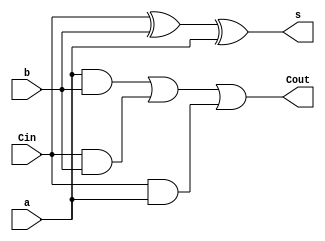
module FA(a, b, Cin, s, Cout);
	input a, b, Cin;
	output s, Cout;
	assign s = Cin^b^a;
	assign Cout = (a&b)|(Cin&b)|(Cin&a);
endmodule

module ripple_carry_adder(SW, LEDR);
	input [9:0] SW;
	output [9:0] LEDR;
	wire C1, C2, C3;
	
	FA FA0(SW[7], SW[3], SW[8], LEDR[0], C1);
	FA FA1(SW[6], SW[2], C1, LEDR[1], C2);
	FA FA2(SW[5], SW[1], C2, LEDR[2], C3);
	FA FA3(SW[4], SW[0], C3, LEDR[3], LEDR[9]);
endmodule